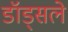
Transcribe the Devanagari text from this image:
डॉड्सले